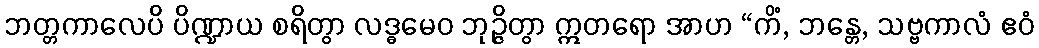
ဘတ္တကာလေပိ ပိဏ္ဍာယ စရိတွာ လဒ္ဓမေဝ ဘုဉ္ဇိတွာ ဣတရော အာဟ “ကိံ, ဘန္တေ, သဗ္ဗကာလံ ဧဝံ